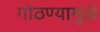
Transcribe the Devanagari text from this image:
गोठण्यामुळे